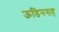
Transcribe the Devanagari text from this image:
ऊडिनसह